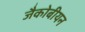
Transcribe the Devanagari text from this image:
जैकोबीयन